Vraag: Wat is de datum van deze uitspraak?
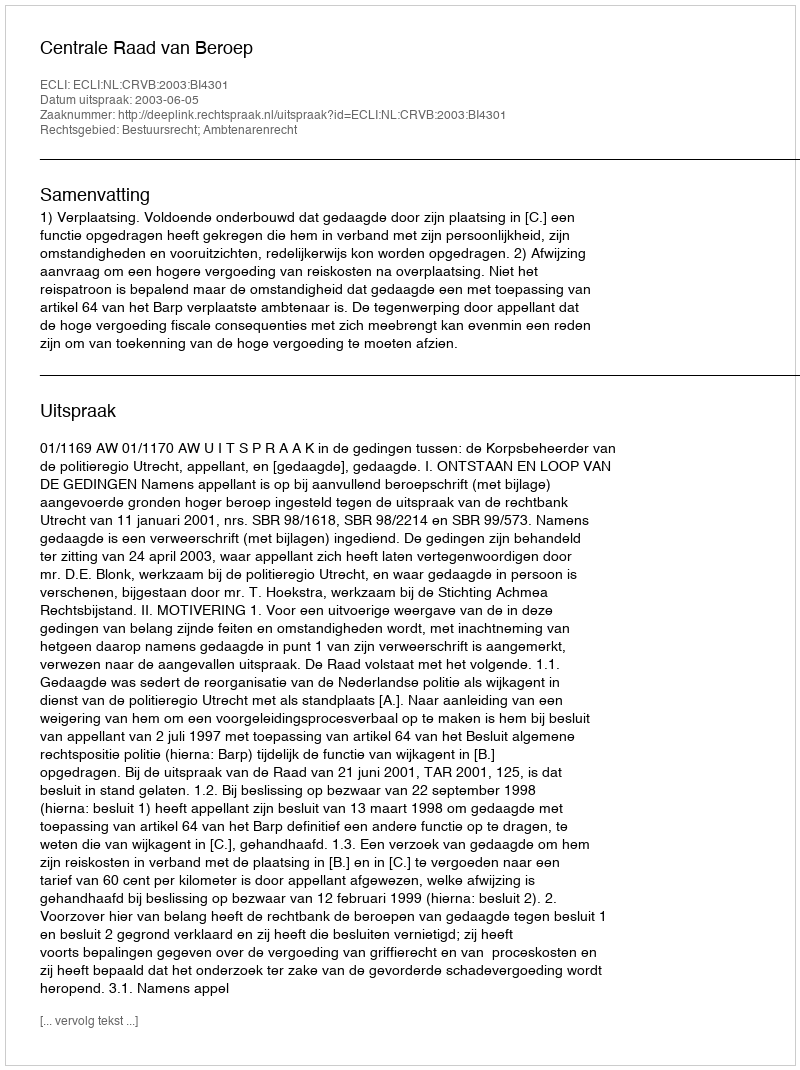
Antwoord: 2003-06-05